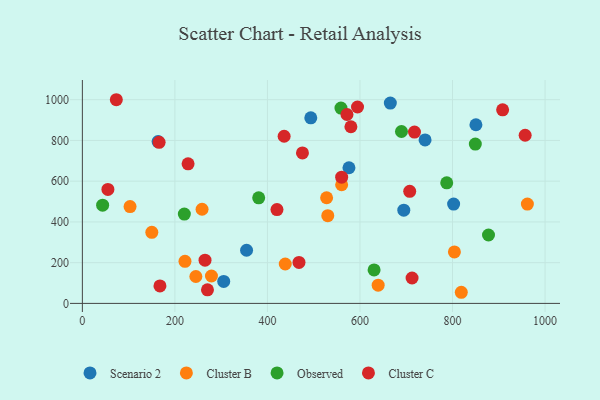
{"axis": {"x": "Speed", "y": "Salary"}, "legend": ["Cluster B", "Cluster C", "Observed", "Scenario 2"], "data": [{"x": "694.7", "y": 457.7, "type": "Scenario 2"}, {"x": "305.5", "y": 108.1, "type": "Scenario 2"}, {"x": "802.4", "y": 487.7, "type": "Scenario 2"}, {"x": "163.7", "y": 794.2, "type": "Scenario 2"}, {"x": "850.6", "y": 877.1, "type": "Scenario 2"}, {"x": "740.7", "y": 802.7, "type": "Scenario 2"}, {"x": "576.2", "y": 665.9, "type": "Scenario 2"}, {"x": "665.6", "y": 983.6, "type": "Scenario 2"}, {"x": "493.7", "y": 910.9, "type": "Scenario 2"}, {"x": "354.9", "y": 260.9, "type": "Scenario 2"}, {"x": "639.3", "y": 89.5, "type": "Cluster B"}, {"x": "819.0", "y": 54.6, "type": "Cluster B"}, {"x": "438.5", "y": 193.3, "type": "Cluster B"}, {"x": "279.0", "y": 134.6, "type": "Cluster B"}, {"x": "804.1", "y": 252.8, "type": "Cluster B"}, {"x": "527.9", "y": 518.6, "type": "Cluster B"}, {"x": "150.1", "y": 348.8, "type": "Cluster B"}, {"x": "961.8", "y": 487.5, "type": "Cluster B"}, {"x": "103.1", "y": 475.2, "type": "Cluster B"}, {"x": "245.3", "y": 132.1, "type": "Cluster B"}, {"x": "560.4", "y": 582.6, "type": "Cluster B"}, {"x": "221.8", "y": 206.7, "type": "Cluster B"}, {"x": "258.7", "y": 462.1, "type": "Cluster B"}, {"x": "530.4", "y": 430.5, "type": "Cluster B"}, {"x": "381.1", "y": 518.2, "type": "Observed"}, {"x": "689.7", "y": 843.9, "type": "Observed"}, {"x": "849.3", "y": 782.4, "type": "Observed"}, {"x": "43.8", "y": 482.2, "type": "Observed"}, {"x": "787.5", "y": 592.0, "type": "Observed"}, {"x": "220.4", "y": 438.5, "type": "Observed"}, {"x": "877.8", "y": 335.7, "type": "Observed"}, {"x": "630.5", "y": 164.2, "type": "Observed"}, {"x": "558.9", "y": 958.8, "type": "Observed"}, {"x": "167.7", "y": 85.6, "type": "Cluster C"}, {"x": "957.0", "y": 825.5, "type": "Cluster C"}, {"x": "165.9", "y": 790.6, "type": "Cluster C"}, {"x": "580.4", "y": 867.2, "type": "Cluster C"}, {"x": "55.2", "y": 559.5, "type": "Cluster C"}, {"x": "717.8", "y": 840.9, "type": "Cluster C"}, {"x": "228.5", "y": 685.4, "type": "Cluster C"}, {"x": "594.7", "y": 964.2, "type": "Cluster C"}, {"x": "436.1", "y": 820.7, "type": "Cluster C"}, {"x": "475.7", "y": 738.5, "type": "Cluster C"}, {"x": "270.4", "y": 66.4, "type": "Cluster C"}, {"x": "560.4", "y": 619.6, "type": "Cluster C"}, {"x": "712.6", "y": 124.8, "type": "Cluster C"}, {"x": "908.3", "y": 950.2, "type": "Cluster C"}, {"x": "73.4", "y": 999.9, "type": "Cluster C"}, {"x": "420.6", "y": 460.4, "type": "Cluster C"}, {"x": "265.1", "y": 212.1, "type": "Cluster C"}, {"x": "707.5", "y": 550.3, "type": "Cluster C"}, {"x": "571.9", "y": 927.4, "type": "Cluster C"}, {"x": "468.2", "y": 200.9, "type": "Cluster C"}]}